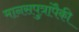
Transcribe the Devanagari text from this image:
मानसपुत्रांपैकी